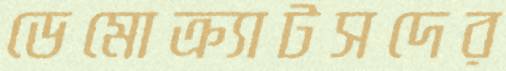
ডেমোক্র্যাটসদের